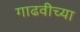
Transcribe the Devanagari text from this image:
गाढवीच्या